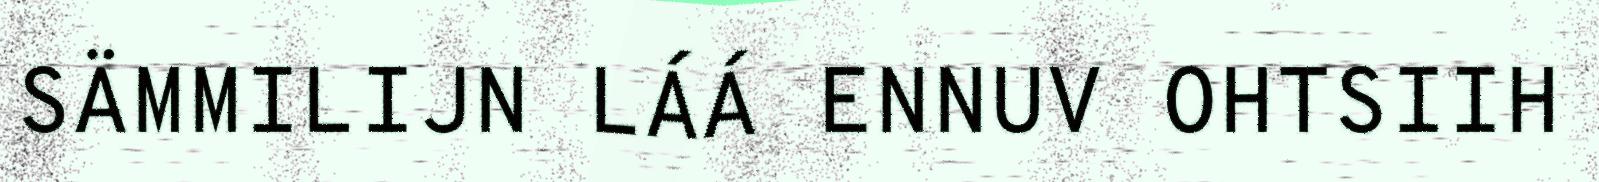
SÄMMILIJN LÁÁ ENNUV OHTSIIH